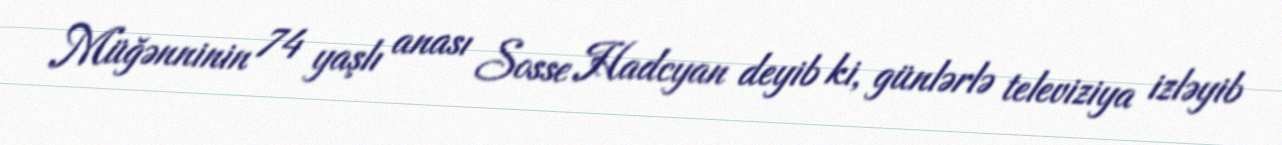
Müğənninin 74 yaşlı anası Sosse Hadcyan deyib ki, günlərlə televiziya izləyib